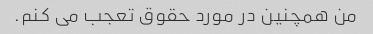
من همچنین در مورد حقوق تعجب می کنم.